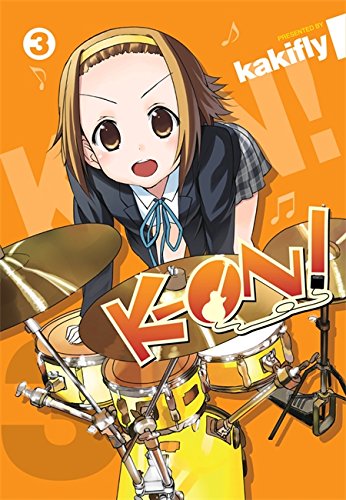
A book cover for K-ON!, Vol. 3; kakifly; Teen & Young Adult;